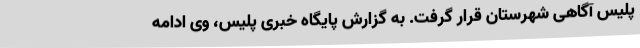
پلیس آگاهی شهرستان قرار گرفت. به گزارش پایگاه خبری پلیس، وی ادامه